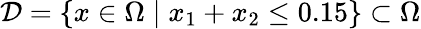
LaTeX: \mathcal{D}=\{ x\in\Omega\mid x_{1}+x_{2}\leq 0.15\} \subset\Omega